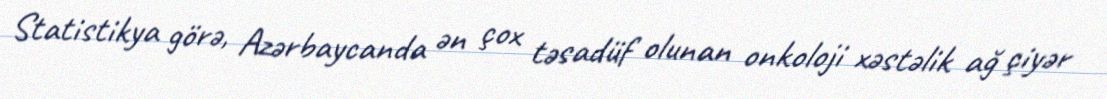
Statistikya görə, Azərbaycanda ən çox təsadüf olunan onkoloji xəstəlik ağ çiyər